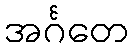
အင်္ဂတေ